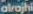
alrajhi